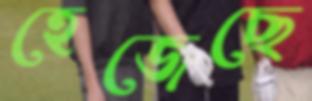
হেজেছে